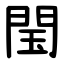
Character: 閠